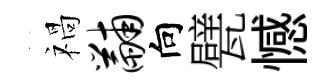
禍黼向甓憾